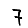
Digit: 7